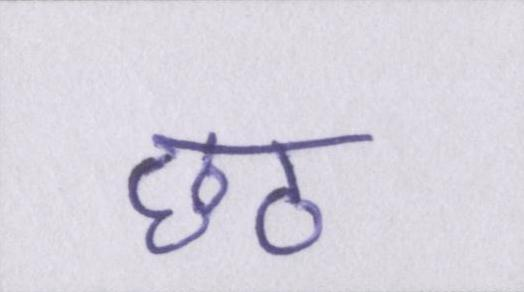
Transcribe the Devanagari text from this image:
छठ